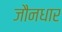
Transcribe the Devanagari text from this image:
जौनधार